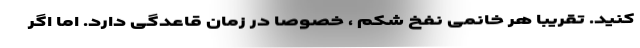
کنید. تقریباً هر خانمی نفخ شکم ، خصوصاً در زمان قاعدگی دارد. اما اگر